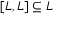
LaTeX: [ L , L ] \subseteq L